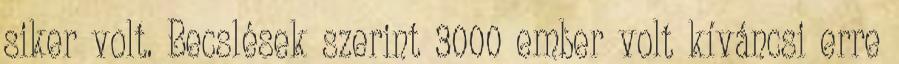
siker volt. Becslések szerint 3000 ember volt kíváncsi erre